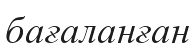
бағаланған